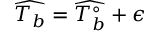
\widehat { T _ { b } } = \widehat { T _ { b } ^ { \circ } } + \epsilon